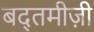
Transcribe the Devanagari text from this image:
बद्तमीज़ी